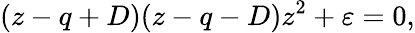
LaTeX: \begin{array}{l}{\displaystyle{(z-q+D)(z-q-D)z^{2}+\varepsilon=0,}}\end{array}